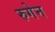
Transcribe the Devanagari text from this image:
रुगेन